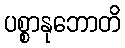
ပစ္စာနုဘောတိ